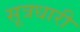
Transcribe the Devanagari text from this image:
सूत्रधारी